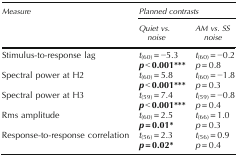
| <ROWSPAN=2> Measure | <COLSPAN=2> Planned contrasts |
 | Quiet vs. noise | AM vs. SS noise |
 | --- | --- | --- |
 | <ROWSPAN=2> Stimulus-to-response lag | t(60) = −5.3 | t(60) = −0.2 |
 | p < 0.001*** | p = 0.8 |
 | <ROWSPAN=2> Spectral power at H2 | t(60) = 5.8 | t(60) = −1.8 |
 | p < 0.001*** | p = 0.3 |
 | <ROWSPAN=2> Spectral power at H3 | t(59) = 7.4 | t(59) = −0.8 |
 | p < 0.001*** | p = 0.4 |
 | <ROWSPAN=2> Rms amplitude | t(60) = 2.5 | t(66) = 1.0 |
 | p = 0.01* | p = 0.3 |
 | <ROWSPAN=2> Response-to-response correlation | t(56) = 2.3 | t(56) = 0.9 |
 | p = 0.02* | p = 0.4 |